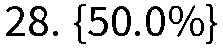
28. {50.0%}